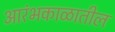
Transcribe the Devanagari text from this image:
आरंभकाळातील